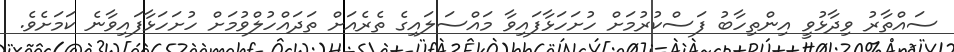
ސައްތާރު ވިދާޅުވީ އިންތިހާބު ފަސްކުރުމަށް ހުށަހަޅާފައިވާ މައްސަލައިގެ ތެރެއަށް ތަދައްހުލްވުމަށް ހުށަހަޅާފައިވާނެ ކަމަށެވެ.